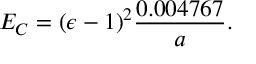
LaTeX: E _ { C } = ( \epsilon - 1 ) ^ { 2 } { \frac { 0 . 0 0 4 7 6 7 } { a } } .